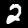
Label: 2